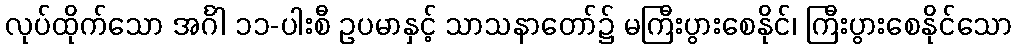
လုပ်ထိုက်သော အင်္ဂါ ၁၁-ပါးစီ ဥပမာနှင့် သာသနာတော်၌ မကြီးပွားစေနိုင်၊ ကြီးပွားစေနိုင်သော